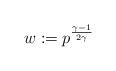
LaTeX: \begin{align*}w:=p^{\frac{\gamma-1}{2\gamma}}\end{align*}